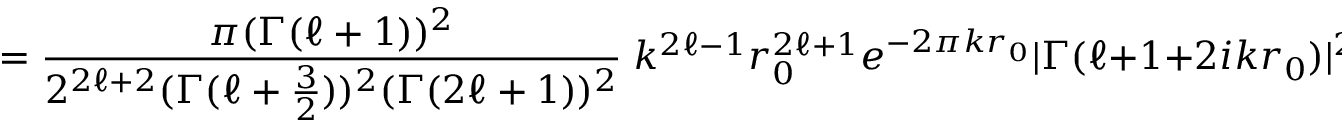
= { \frac { \pi ( \Gamma ( \ell + 1 ) ) ^ { 2 } } { 2 ^ { 2 \ell + 2 } ( \Gamma ( \ell + { \frac { 3 } { 2 } } ) ) ^ { 2 } ( \Gamma ( 2 \ell + 1 ) ) ^ { 2 } } } \; k ^ { 2 \ell - 1 } r _ { 0 } ^ { 2 \ell + 1 } e ^ { - 2 \pi k r _ { 0 } } | \Gamma ( \ell + 1 + 2 i k r _ { 0 } ) | ^ { 2 }